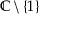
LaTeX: \mathbb { C } \setminus \{ 1 \}